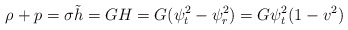
\begin{align*} \rho+p=\sigma \tilde{h}=GH=G(\psi_t^2-\psi_r^2)=G\psi_t^2(1-v^2)\end{align*}